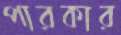
পারকার